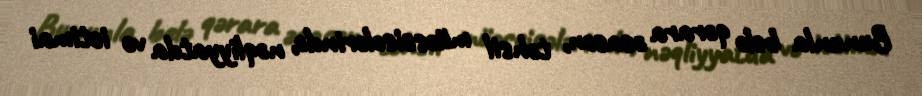
Bununla belə qərara əsasən, təhsil müəssisələrində, nəqliyyatda və ictimai